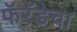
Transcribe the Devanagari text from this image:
फॅरॅडेचा